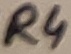
Text: R4